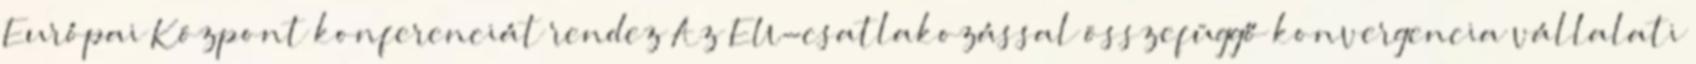
Európai Központ konferenciát rendez Az EU-csatlakozással összefüggő konvergencia vállalati